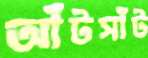
আঁটসাঁট